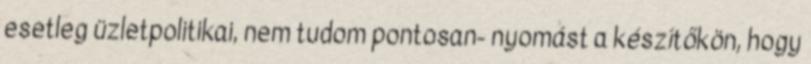
esetleg üzletpolitikai, nem tudom pontosan- nyomást a készítőkön, hogy